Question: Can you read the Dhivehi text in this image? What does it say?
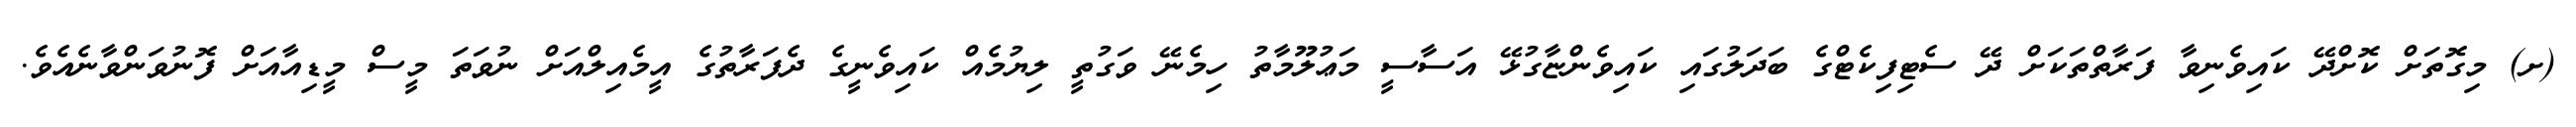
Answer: (ށ) މިގޮތަށް ކޮށްދޭ ކައިވެނިވާ ފަރާތްތަކަށް ދޭ ސެޓިފިކެޓްގެ ބަދަލުގައި ކައިވެންޏާގުޅޭ އަސާސީ މަޢުލޫމާތު ހިމެނޭ ވަގުތީ ލިޔުމެއް ކައިވެނީގެ ދެފަރާތުގެ އީމެއިލްއަށް ނުވަތަ މީސް މީޑިއާއަށް ފޮނުވަންވާނެއެވެ.